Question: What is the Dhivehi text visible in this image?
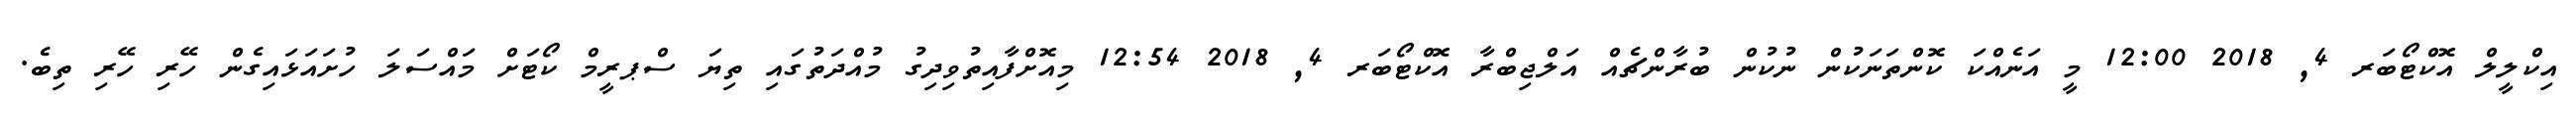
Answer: އިކްލީލް އޮކްޓޯބަރ 4, 2018 12:00 މީ އަނެއްކަ ކޮންތަނަކުން ނުކުން ބުރާންޗެއް އަލްޖިބްރާ އޮކްޓޯބަރ 4, 2018 12:54 މިއޮށްފާއިތުވިދިގު މުއްދަތުގައި ތިޔަ ސްޕރީމް ކޯޓަށް މައްސަލަ ހުށައަޅައިގެން ހޭރި ހޭރި ތިބެ.